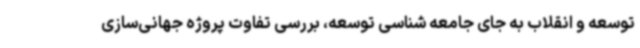
توسعه و انقلاب به جای جامعه شناسی توسعه، بررسی تفاوت پروژه جهانی‌سازی